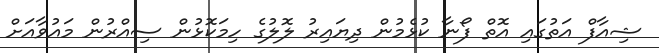
ޝިއާފް އަތުގައި އޮތް ފޯނާ ކުޅެމުން ދިޔައިރު ލޮލުގެ ހިމަކޮޅުން ސިއްރުން މައުވާއަށް